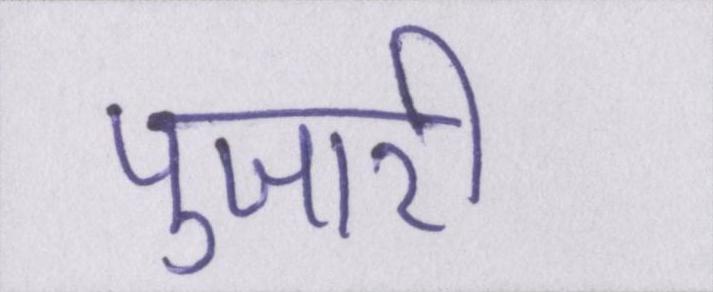
पुजारी